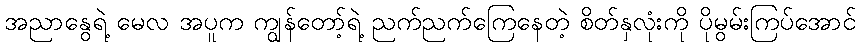
အညာနွေရဲ့ မေလ အပူက ကျွန်တော့်ရဲ့ ညက်ညက်ကြေနေတဲ့ စိတ်နှလုံးကို ပိုမွမ်းကြပ်အောင်